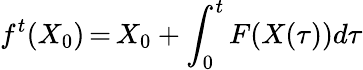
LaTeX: f^{t}(X_{0})\mathop{=}X_{0}+\int_{0}^{t}F(X(\tau))d\tau